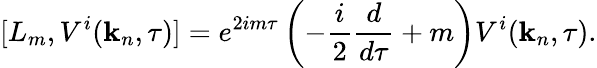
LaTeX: [L_{m},V^{i}(\mathbf{k}_{n},\tau)]=e^{2im\tau}\left(-\frac{{i}}{{2}}\frac{{d}}{{d\tau}}+m\right)V^{i}(\mathbf{k}_{n},\tau).